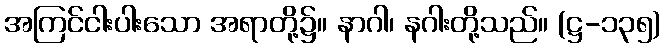
အကြင်ငါးပါးသော အရာတို့၌။ နာဂါ၊ နဂါးတို့သည်။ (ဋ္ဌ-၁၃၅)